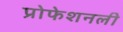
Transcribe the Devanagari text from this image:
प्रोफेशनली